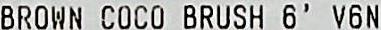
BROWN COCO BRUSH 6' V6N